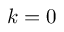
k = 0